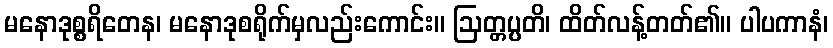
မနောဒုစ္စရိတေန၊ မနောဒုစရိုက်မှလည်းကောင်း။ ဩတ္တပ္ပတိ၊ ထိတ်လန့်တတ်၏။ ပါပကာနံ၊